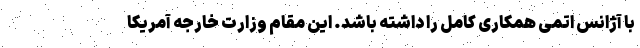
با آژانس اتمی همکاری کامل را داشته باشد. این مقام وزارت خارجه آمریکا